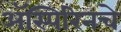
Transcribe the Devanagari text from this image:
ॲस्पिरिनचे